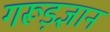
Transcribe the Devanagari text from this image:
गरूड़ज्ञान